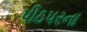
પીઠપરના